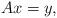
LaTeX: \begin{align*}A x=y,\end{align*}